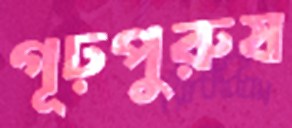
গূঢ়পুরুষ